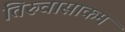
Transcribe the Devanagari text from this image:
तिरुवासाकम